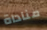
مناداة